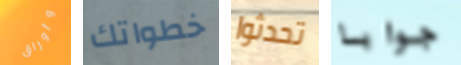
وأوراق خطواتك تحدثوا جوابا